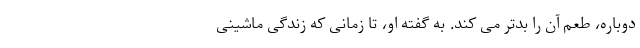
دوباره، طعم آن را بدتر می کند. به گفته او، تا زمانی که زندگی ماشینی